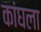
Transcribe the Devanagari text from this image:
कांघला